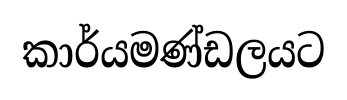
කාර්යමණ්ඩලයට